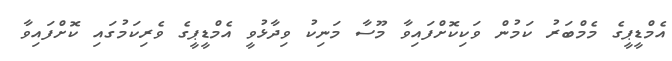
އެމްޑީޕީގެ މެމްބަރު ކަމުން ވަކިކޮށްފައިވާ މޫސާ މަނިކު ވިދާޅުވީ އެމްޑީޕީގެ ވެރިކަމުގައި ކޮށްފައިވާ